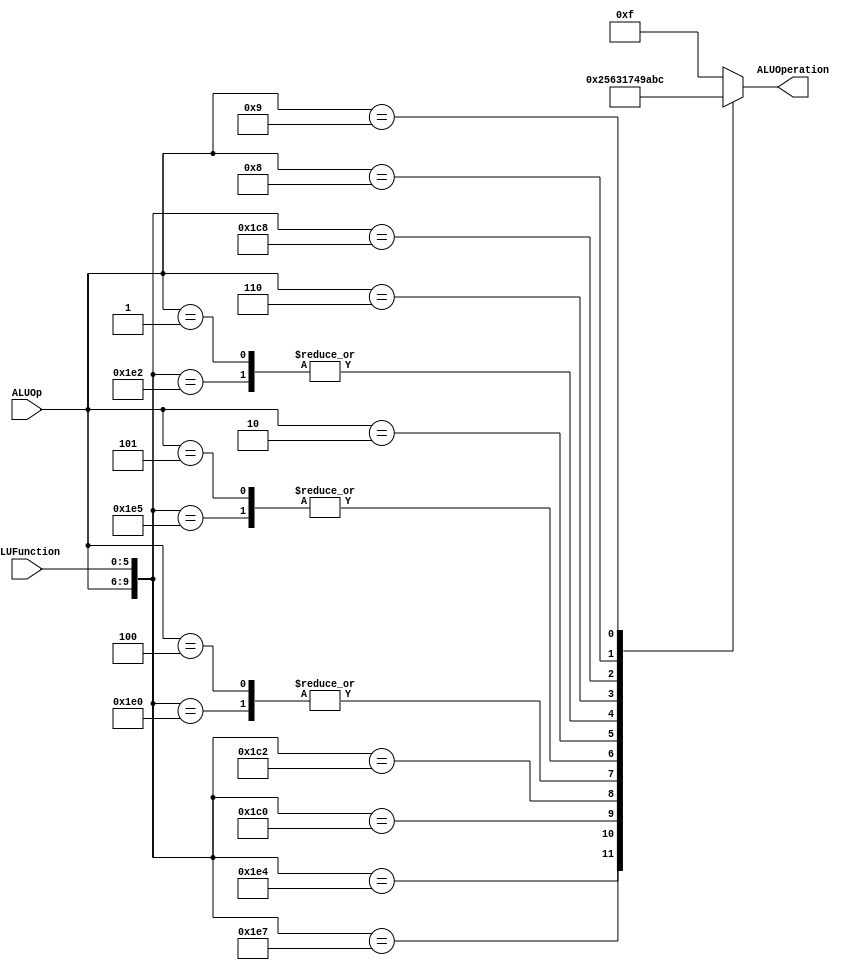
/******************************************************************
* Description
*	This is the control unit for the ALU. It receves an signal called 
*	ALUOp from the control unit and a signal called ALUFunction from
*	the intrctuion field named function.
* Version:
*	1.0
* Author:
*	Dr. Jos Luis Pizano Escalante
* email:
*	luispizano@iteso.mx
* Date:
*	01/03/2014
******************************************************************/
module ALUControl
(
	input [3:0] ALUOp,
	input [5:0] ALUFunction,
	output [3:0] ALUOperation
);

localparam R_Type_JR		 = 10'b0111_001000;
localparam R_Type_AND    = 10'b0111_100100;
localparam R_Type_OR     = 10'b0111_100101;
localparam R_Type_NOR    = 10'b0111_100111;
localparam R_Type_ADD    = 10'b0111_100000;
localparam R_Type_SLL    = 10'b0111_000000;
localparam R_Type_SRL    = 10'b0111_000010;
localparam R_Type_SUB    = 10'b0111_100010;
localparam I_Type_ADDI   = 10'b0100_xxxxxx;
localparam I_Type_ORI    = 10'b0101_xxxxxx;
localparam I_Type_LUI    = 10'b0010_xxxxxx;
localparam I_Type_ANDI	 = 10'b0011_xxxxxx;
localparam BEQ_AND_BNE   = 10'b0001_xxxxxx;
localparam J_Type_JAL	 = 10'b0110_xxxxxx;

localparam LW				 = 10'b1000_xxxxxx;
localparam SW				 = 10'b1001_xxxxxx;
reg [3:0] ALUControlValues;
wire [9:0] Selector;

assign Selector = {ALUOp,ALUFunction};

always@(Selector)begin
	casex(Selector)
		R_Type_AND:    ALUControlValues = 4'b0000;//0
		R_Type_OR: 		ALUControlValues = 4'b0001;//1
		R_Type_NOR:    ALUControlValues = 4'b0010;//2
		R_Type_ADD:    ALUControlValues = 4'b0011;//3
		R_Type_SUB:		ALUControlValues = 4'b0100;//4
		R_Type_SLL:    ALUControlValues = 4'b0101;//5
		R_Type_SRL:    ALUControlValues = 4'b0110;//6
		I_Type_ADDI:   ALUControlValues = 4'b0011;//3
		I_Type_ORI:    ALUControlValues = 4'b0001;//1
		I_Type_LUI:    ALUControlValues = 4'b0111;//7
		BEQ_AND_BNE:   ALUControlValues = 4'b0100; //4
		J_Type_JAL:    ALUControlValues = 4'b1001;//9 
		R_Type_JR:		ALUControlValues = 4'b1010;//10
		LW:				ALUControlValues = 4'b1011;//11
		SW:				ALUControlValues = 4'b1100;//12
		default: 		ALUControlValues = 4'b1111;//15
	endcase
end

assign ALUOperation = ALUControlValues;

endmodule